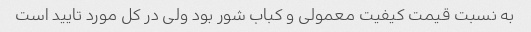
به نسبت قیمت کیفیت معمولی و کباب شور بود ولی در کل مورد تایید است